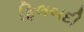
ફિલબદી